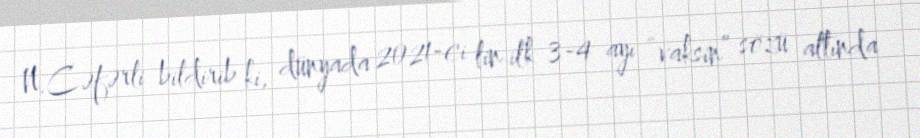
N.Cəfərli bildirib ki, dünyada 2021-ci lin ilk 3-4 ayı “vaksin” sözü altında